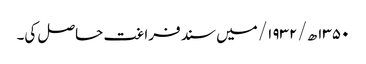
۱۳۵۰ھ/ ۱۹۳۲/ میں سند فراغت حاصل کی۔